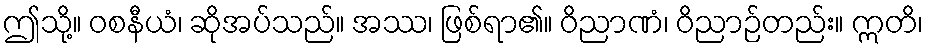
ဤသို့။ ဝစနီယံ၊ ဆိုအပ်သည်။ အဿ၊ ဖြစ်ရာ၏။ ဝိညာဏံ၊ ဝိညာဉ်တည်း။ ဣတိ၊